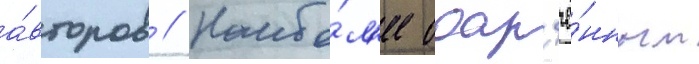
а́второв // Наибо́л'ее одар'ё́нным